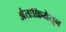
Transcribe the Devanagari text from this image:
अंतःक्रियेतून